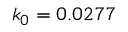
k _ { 0 } = 0 . 0 2 7 7